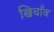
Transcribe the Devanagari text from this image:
खिचाँव